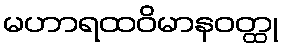
မဟာရထဝိမာနဝတ္ထု